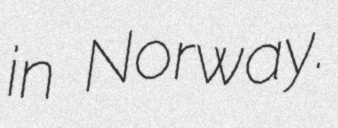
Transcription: in Norway.